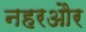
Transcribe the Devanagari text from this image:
नहरऔर